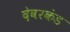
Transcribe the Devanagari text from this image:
देवरकंंड